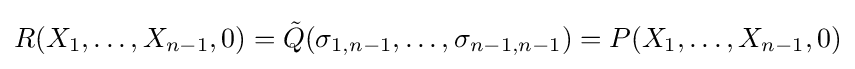
R(X_{1},\ldots ,X_{n-1},0)={\tilde {Q}}(\sigma _{1,n-1},\ldots ,\sigma _{n-1,n-1})=P(X_{1},\ldots ,X_{n-1},0)